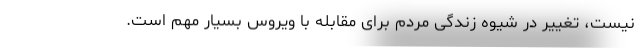
نیست، تغییر در شیوه زندگی مردم برای مقابله با ویروس بسیار مهم است.